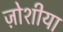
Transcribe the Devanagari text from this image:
ज़ोशीया